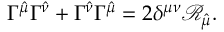
\Gamma ^ { \hat { \mu } } \Gamma ^ { \hat { \nu } } + \Gamma ^ { \hat { \nu } } \Gamma ^ { \hat { \mu } } = 2 \delta ^ { \mu \nu } \mathcal { R } _ { \hat { \mu } } .